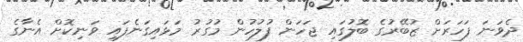
ދެވަނަ ފަހަރަށް ޒުބޭރުގެ ބޮލުގައި ޖަހަން ފުލުހުން މުގުރު މަޅައިގަނެފައި ވަނިކޮށް އެނާގެ